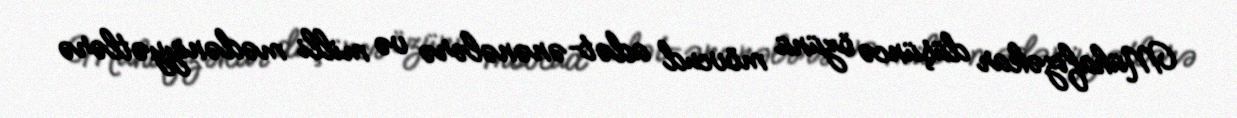
Mühafizəkar düşüncə özünü mövcud adət-ənənələrə və milli mədəniyyətlərə